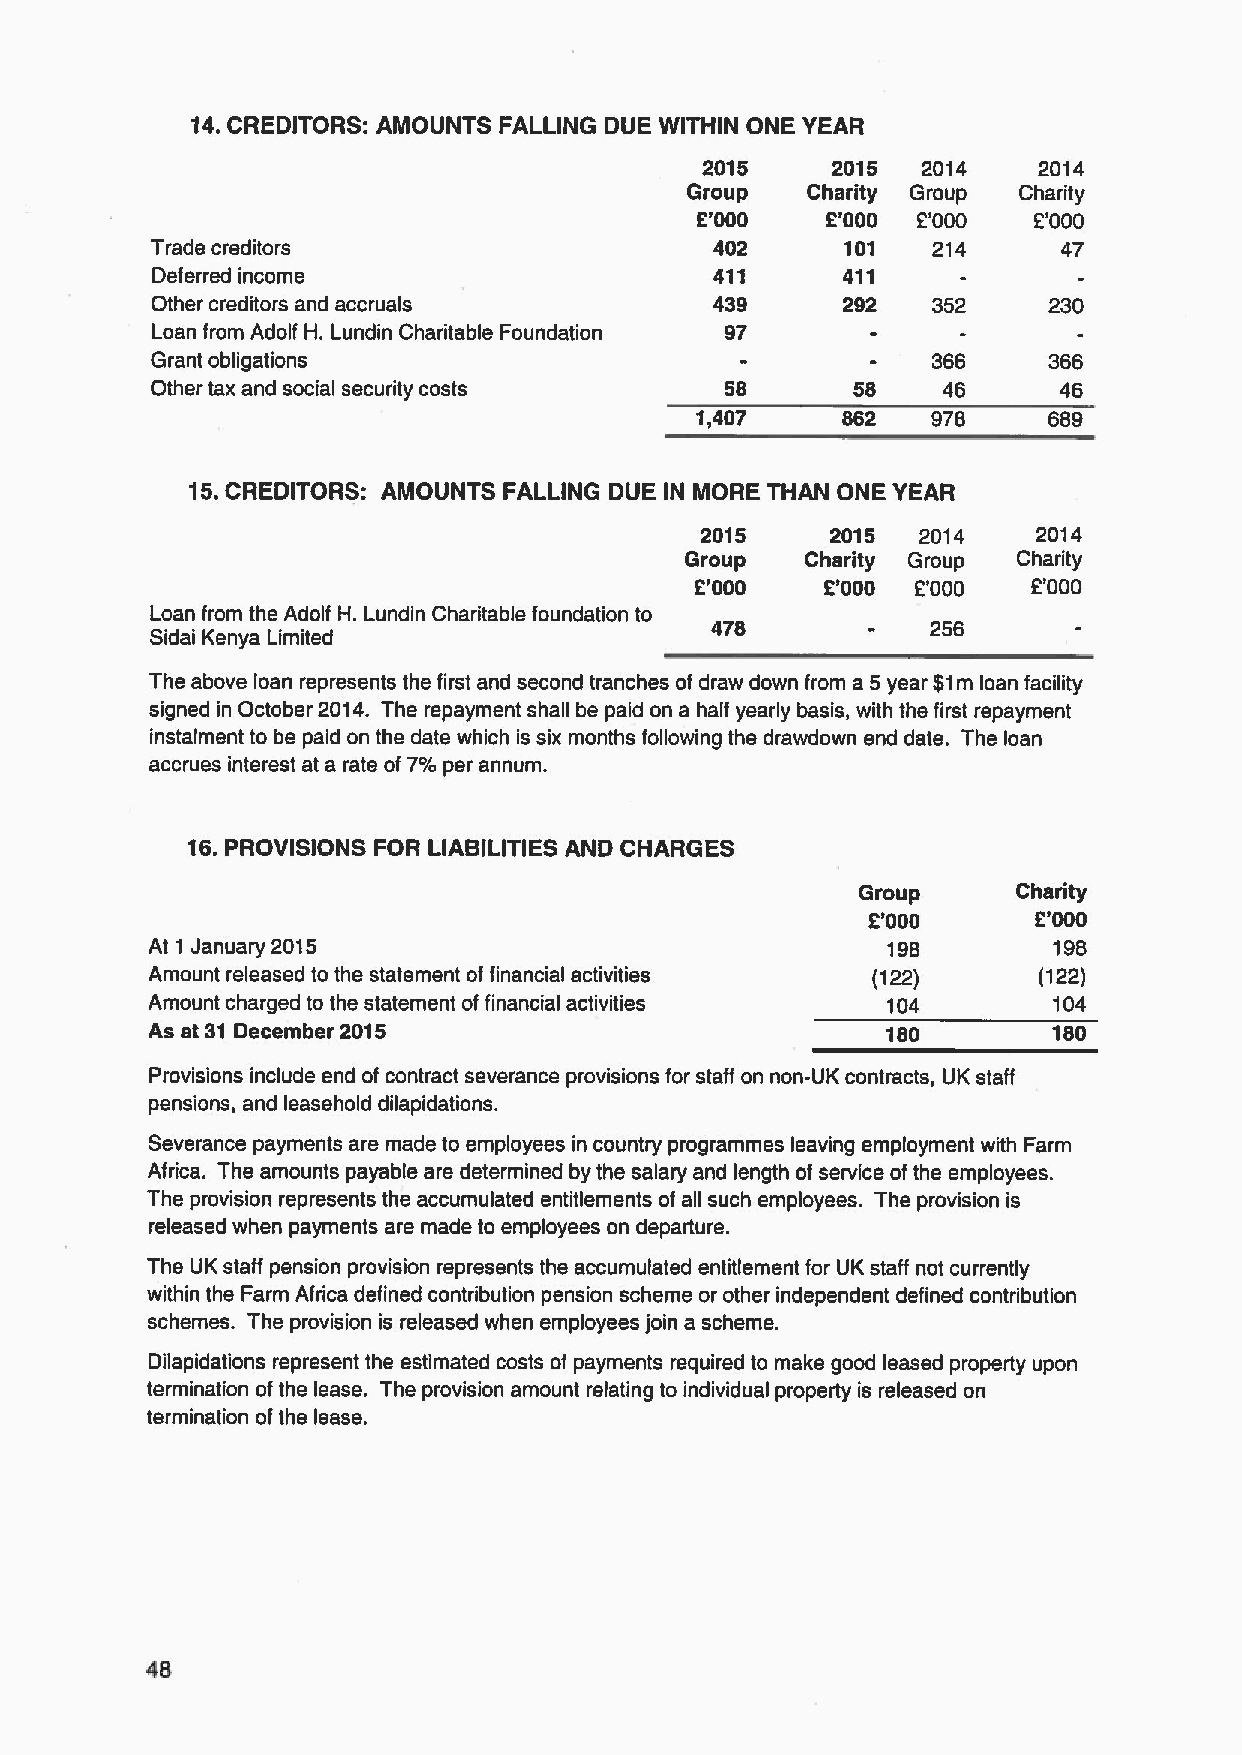
14.CREDITORS: AMOUNTS FALLING DUE WITHIN ONE YEAR
 2015     2015  2014    2014
 Group   Charity Group Charity
 6'000    2'000 2'000  2'000
 Trade creditors                      402      101   214     47
 Deferred income                      411      411
 Other creditors and accruals         439      292   352    230
 Loan from Adolf H. Lundin Charitable Foundation 97
 Grant obligations                                   366    366
 Other tax and social security costs   58       58   46      46
 'l,407    862   978    689
 15.CREDITORS: AMOUNTS FALLING DUE IN MORE THAN ONE YEAR
 2015     2015  2014    2014
 Group   Charity Group Charity
 2'000    2'000 2'000  6'000
 Loan from the Adolf H. Lundin Charitable foundation to
 478            256
 Sidai Kenya Limited
 The above loan represents the first and second tranches of draw down from a 5year 51m loan facility
 signed in October 2014. The repayment shall be paid on a half yearly basis, with the first repayment
 instalment to be paid on the date which is six months following the drawdown end date. The loan
 accrues interest at a rate of 7%per annum.
 16.PROVISIONS FOR LIABILITIES AND CHARGES
 Group     Charity
 2'000      2'000
 At 1 January 2015                                198        196
 Amount released to the statement offinancial activities (122) (122)
 Amount charged to the statement offinancial activities 104  104
 As at 31 December 2015                           180        180
 Provisions include end of contract severance provisions for staff on non-UK contracts, UK staff
 pensions, and leasehold dilapidations.
 Severance payments are made to employees in country programmes leaving employment with Farm
 Africa. The amounts payable are determined by the salary and length of service ofthe employees.
 The provision represents the accumulated entitlements of all such employees. The provision is
 released when payments are made to employees on departure.
 The UK staff pension provision represents the accumulated entitlement for UK staff not currently
 within the Farm Africa defined contribution pension scheme or other independent defined contribution
 schemes. The provision is released when employees join a scheme.
 Dilapidations represent the estimated costs of payments required to make good leased property upon
 termination ofthe lease. The provision amount relating to individual property is released on
 termination ofthe lease.
 48